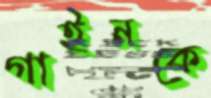
গাইনকে